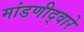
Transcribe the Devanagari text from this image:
मांडणीद्वारे